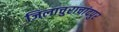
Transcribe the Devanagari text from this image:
जिलाचुराचांदपुर